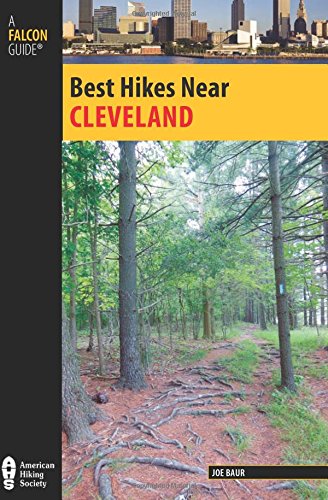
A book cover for Best Hikes Near Cleveland (Best Hikes Near Series); Joe Baur; Travel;